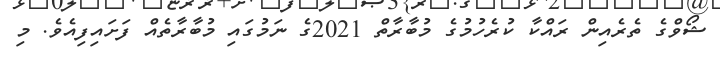
ޝޯވްގެ ތެރެއިން ރައްކާ ކުރެހުމުގެ މުބާރާތް 2021ގެ ނަމުގައި މުބާރާތެއް ފަށައިފިއެވެ. މި